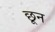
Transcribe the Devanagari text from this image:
छून